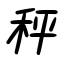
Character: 秤